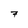
Character: 7